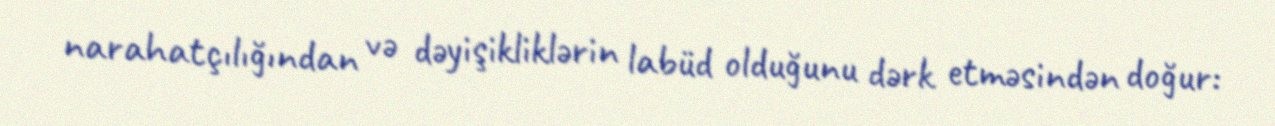
narahatçılığından və dəyişikliklərin labüd olduğunu dərk etməsindən doğur: